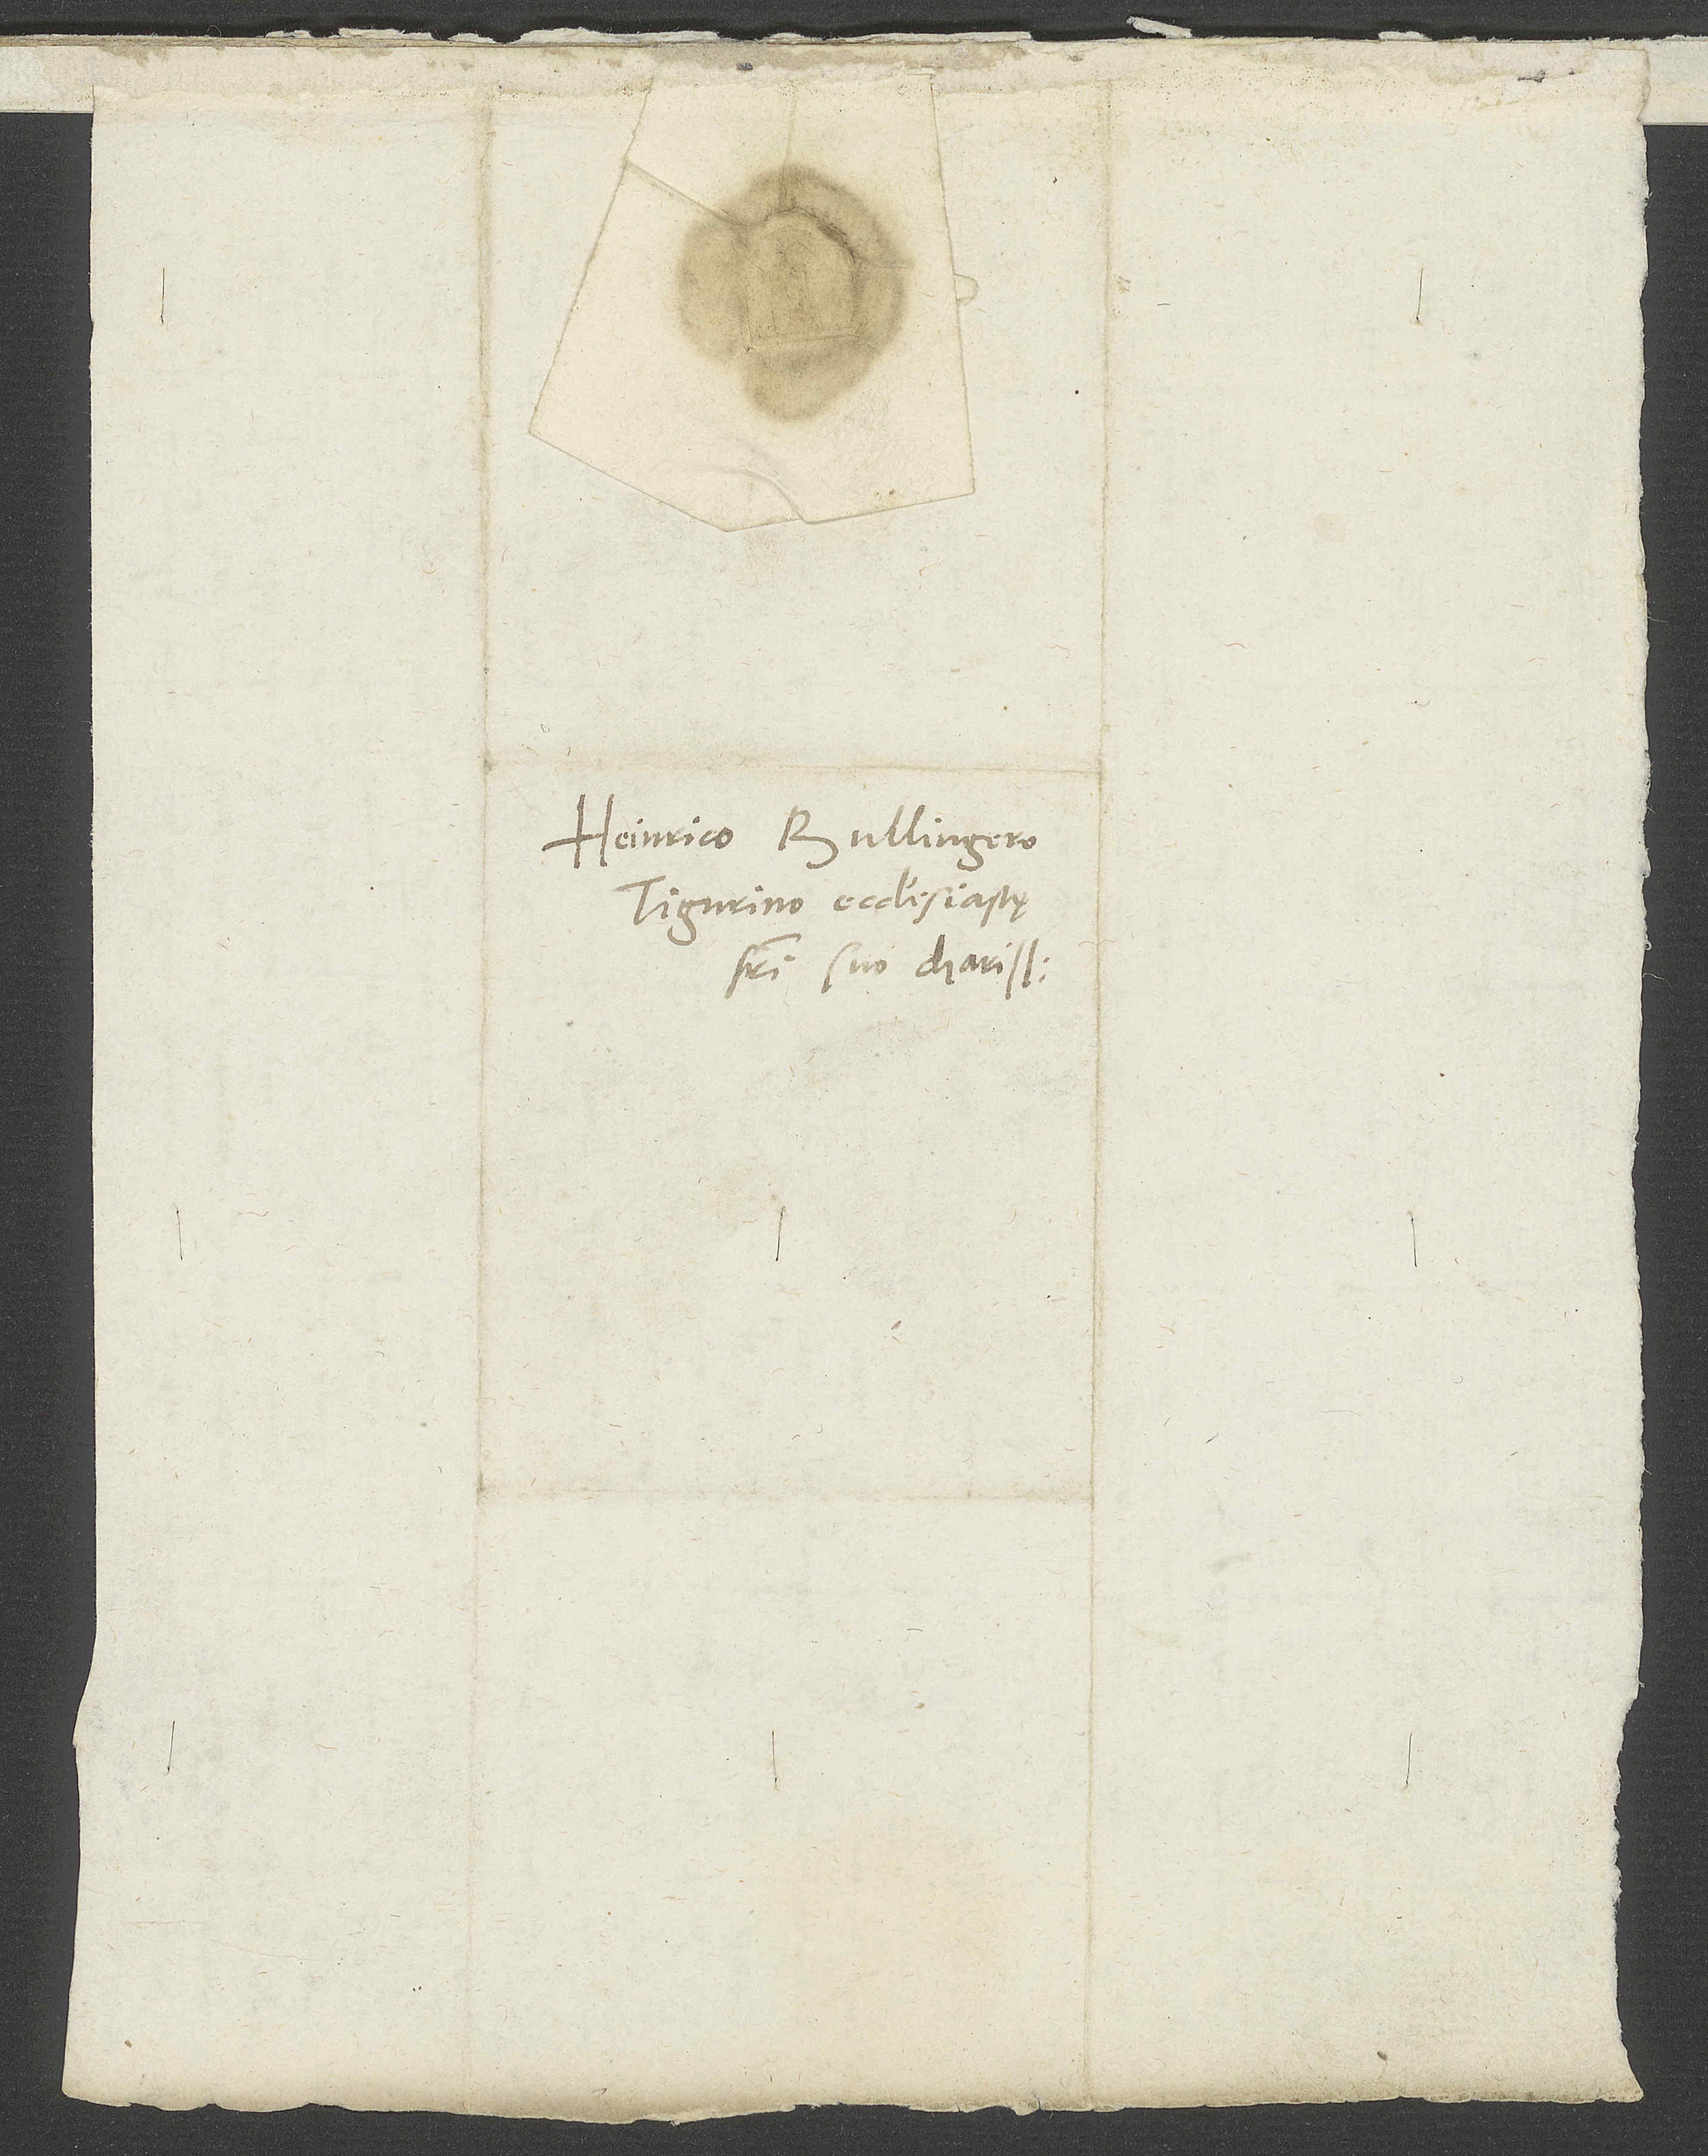
Heinrico Bullingero,
Tigurino ecclesiastę,
fratri suo charissimo.